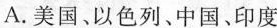
A.美国、以色列、中国、印度